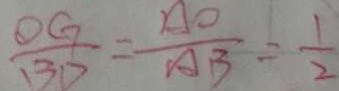
\frac { 0 G } { B D } = \frac { A O } { A B } = \frac { 1 } { 2 }